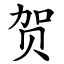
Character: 贺